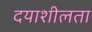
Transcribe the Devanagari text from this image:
दयाशीलता